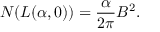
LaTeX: N ( L ( \alpha , 0 ) ) = \frac { \alpha } { 2 \pi } B ^ { 2 } .